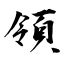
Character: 領